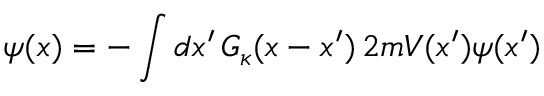
\psi ( x ) = - \int d x ^ { \prime } \, G _ { \kappa } ( x - x ^ { \prime } ) \, 2 m V ( x ^ { \prime } ) \psi ( x ^ { \prime } )